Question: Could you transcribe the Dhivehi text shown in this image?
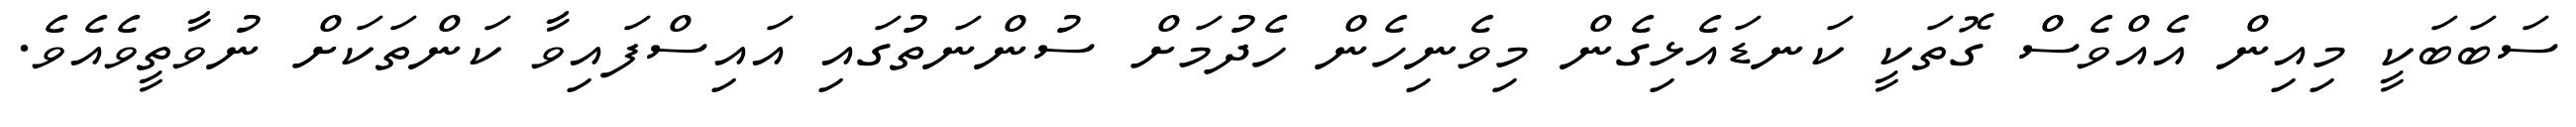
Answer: ސަބަބަކީ މިއިން އެއްވެސް ގޮތަކީ ކަނޑައެޅިގެން މިވެނިހެން ހެދުމަށް ސުންނަތުގައި އައިސްފައިވާ ކަންތަކަށް ނުވާތީވެއެވެ.